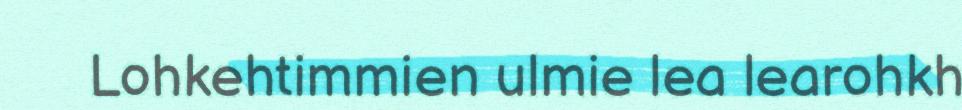
Lohkehtimmien ulmie lea learohkh